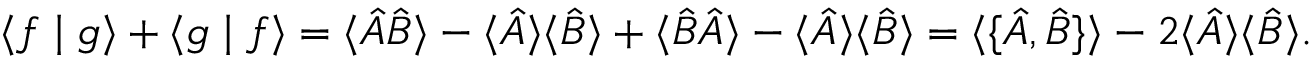
\langle f \mid g \rangle + \langle g \mid f \rangle = \langle { \hat { A } } { \hat { B } } \rangle - \langle { \hat { A } } \rangle \langle { \hat { B } } \rangle + \langle { \hat { B } } { \hat { A } } \rangle - \langle { \hat { A } } \rangle \langle { \hat { B } } \rangle = \langle \{ { \hat { A } } , { \hat { B } } \} \rangle - 2 \langle { \hat { A } } \rangle \langle { \hat { B } } \rangle .